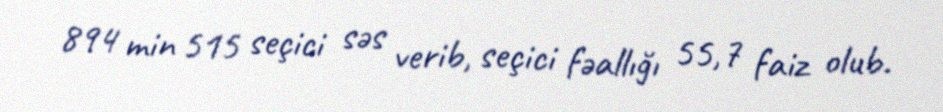
894 min 515 seçici səs verib, seçici fəallığı 55,7 faiz olub.